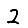
Digit: 2